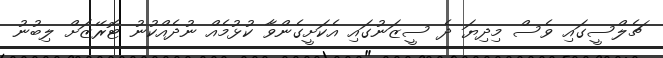
ޗެލްސީގައި ވެސް މިދިޔަ ދެ ސީޒަނުގައި އެކަށީގެންވާ ކުޅުމެއް ނުދެއްކުނު ޓޮރޭޒަށް ލިބުނު